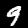
Digit: 9